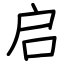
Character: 启